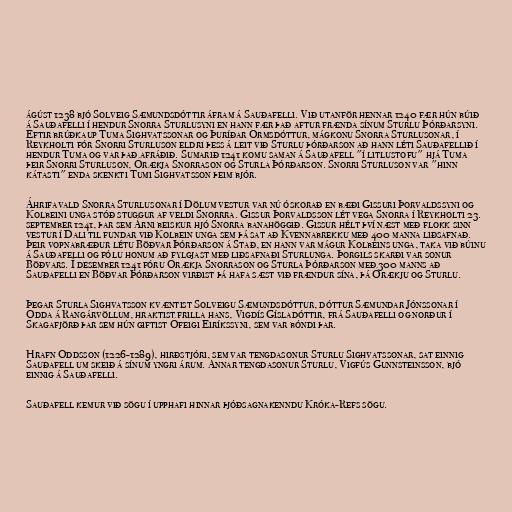
ágúst 1238 bjó Solveig Sæmundsdóttir áfram á Sauðafelli. Við utanför hennar 1240 fær hún búið
á Sauðafelli í hendur Snorra Sturlusyni en hann fær það aftur frænda sínum Sturlu Þórðarsyni.
Eftir brúðkaup Tuma Sighvatssonar og Þuríðar Ormsdóttur, mágkonu Snorra Sturlusonar, í
Reykholti fór Snorri Sturluson eldri þess á leit við Sturlu þórðarson að hann léti Sauðafellið í
hendur Tuma og var það afráðið. Sumarið 1241 komu saman á Sauðafell "í litlustofu" hjá Tuma
þeir Snorri Sturluson, Órækja Snorrason og Sturla Þórðarson. Snorri Sturluson var "hinn
kátasti" enda skenkti Tumi Sighvatsson þeim bjór.

Áhrifavald Snorra Sturlusonar í Dölum vestur var nú óskorað en bæði Gissuri Þorvaldssyni og
Kolbeini unga stóð stuggur af veldi Snorrra. Gissur Þorvaldsson lét vega Snorra í Reykholti 23.
september 1241, þar sem Árni beiskur hjó Snorra banahöggið. Gissur hélt því næst með flokk sinn
vestur í Dali til fundar við Kolbein unga sem þá sat að Kvennabrekku með 400 manna liðsafnað.
Þeir vopnabræður létu Böðvar Þórðarson á Stað, en hann var mágur Kolbeins unga, taka við búinu
á Sauðafelli og fólu honum að fylgjast með liðsafnaði Sturlunga. Þorgils skarði var sonur
Böðvars. Í desember 1241 fóru Órækja Snorrason og Sturla Þórðarson með 300 manns að
Sauðafelli en Böðvar Þórðarson virðist þá hafa sæst við frændur sína, þá Órækju og Sturlu.

Þegar Sturla Sighvatsson kvæntist Solveigu Sæmundsdóttur, dóttur Sæmundar Jónssonar í
Odda á Rangárvöllum, hraktist frilla hans, Vigdís Gísladóttir, frá Sauðafelli og norður í
Skagafjörð þar sem hún giftist Ófeigi Eiríkssyni, sem var bóndi þar.

Hrafn Oddsson (1226-1289), hirðstjóri, sem var tengdasonur Sturlu Sighvatssonar, sat einnig
Sauðafell um skeið á sínum yngri árum. Annar tengdasonur Sturlu, Vigfús Gunnsteinsson, bjó
einnig á Sauðafelli.

Sauðafell kemur við sögu í upphafi hinnar þjóðsagnakenndu Króka-Refs sögu.